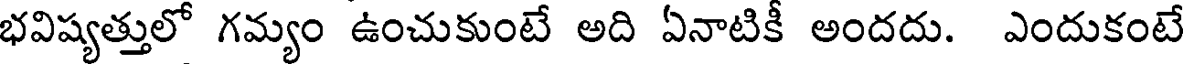
భవిష్యత్తులో గమ్యం ఉంచుకుంటే అది ఏనాటికీ అందదు. ఎందుకంటే